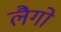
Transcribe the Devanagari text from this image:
लैगो